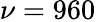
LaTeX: \nu=960